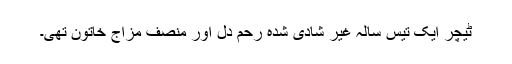
ٹیچر ایک تیس سالہ غیر شادی شدہ رحم دل اور منصف مزاج خاتون تھی۔